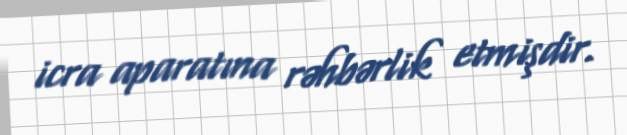
icra aparatına rəhbərlik etmişdir.